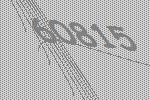
60815